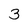
Character: 3